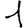
Digit: 1